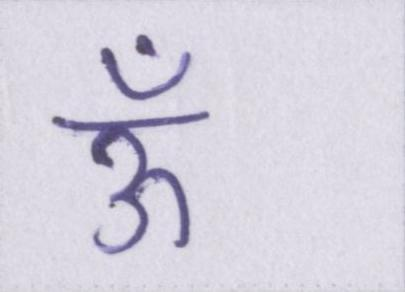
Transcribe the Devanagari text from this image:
ऊँ